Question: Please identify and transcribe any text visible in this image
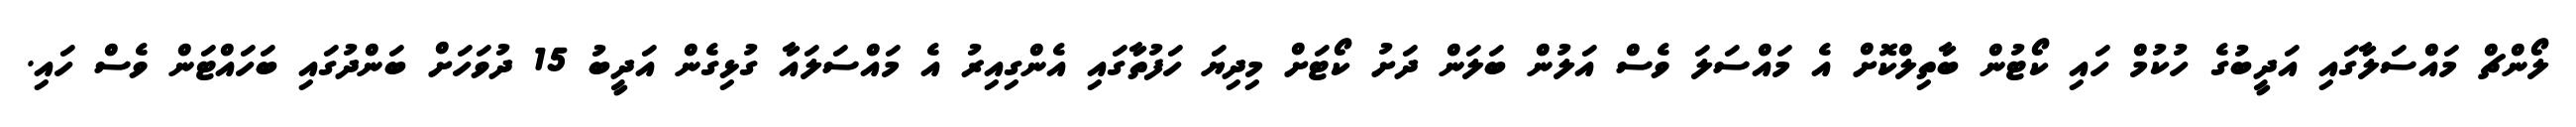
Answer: ލޯންޗް މައްސަލާގައި އަދީބުގެ ހުކުމް ހައި ކޯޓުން ބާތިލްކޮށް އެ މައްސަލަ ވެސް އަލުން ބަލަން ދަށު ކޯޓަށް މިދިޔަ ހަފުތާގައި އެންގިއިރު އެ މައްސަލައާ ގުޅިގެން އަދީބު 15 ދުވަހަށް ބަންދުގައި ބަހައްޓަން ވެސް ހައި.